Trukikaitis_Postimees, lk 220
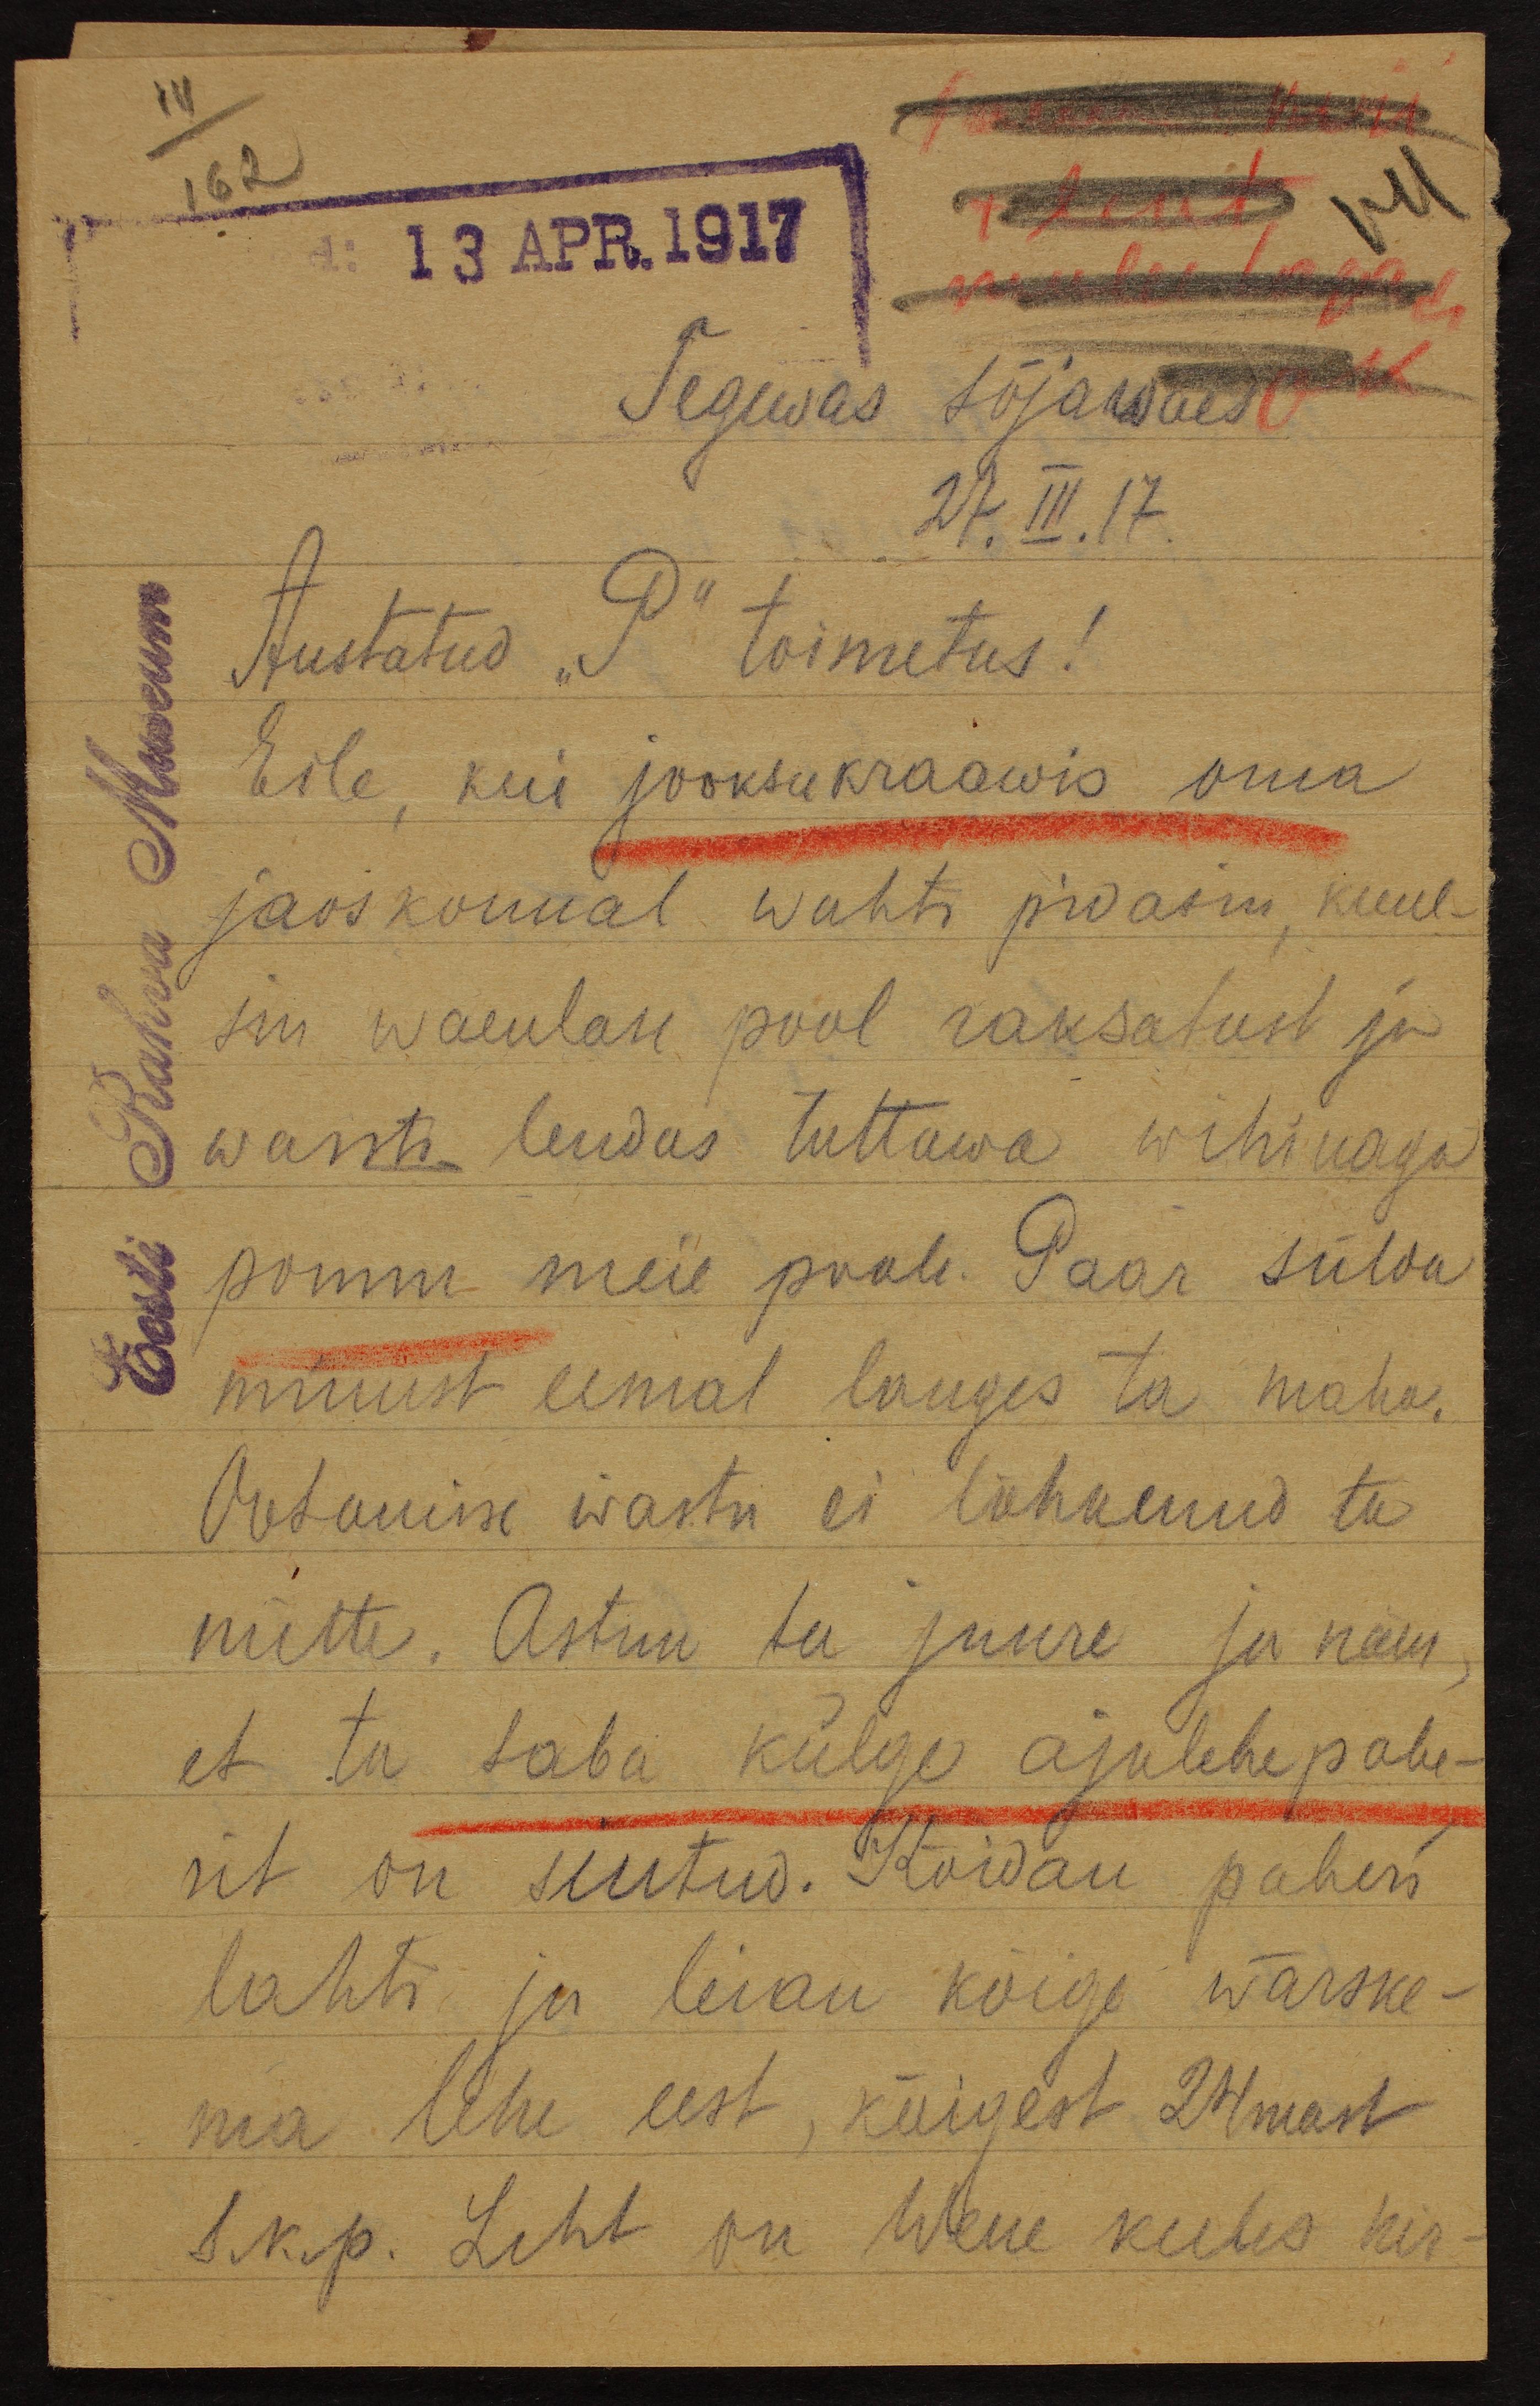
111/162
13 APR.1917
Tegewas sõjawäes
27.III.17
Austatud "P" toimetus!
Eile, kui jooksukraawis oma
jaoskonnal wahti pidasin, kuul-
sin waenlase pool raksatust ja
warsti lendas tuttawa wihinaga
pomm meie poole. Paar sülda
minust eemal langes ta maha.
Ootamise wastu ei lõhkenud ta
mitte. Astun ta juure ja näen.
et ta taba külge ajalehepabe-
riwt on siutud. Kõidan paberi
lahti ja leian kõige wärske-
ma lehe eest, kõigest 24mast
l.n.p. Leht on Wene keeles kir-